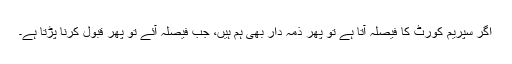
اگر سپریم کورٹ کا فیصلہ آتا ہے تو پھر ذمہ دار بھی ہم ہیں، جب فیصلہ آئے تو پھر قبول کرنا پڑتا ہے۔